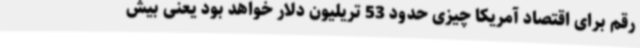
رقم برای اقتصاد آمریکا چیزی حدود 53 تریلیون دلار خواهد بود یعنی بیش